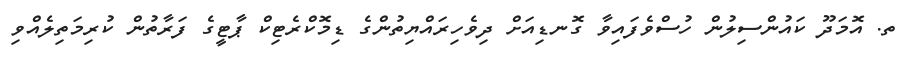
ތ. އޮމަދޫ ކައުންސިލުން ހުސްވެފައިވާ ގޮނޑިއަށް ދިވެހިރައްޔިތުންގެ ޑިމޮކްރެޓިކް ޕާޓީގެ ފަރާތުން ކުރިމަތިލެއްވި